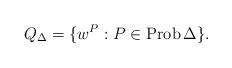
LaTeX: \begin{align*}Q_{\Delta}=\{w^P: P\in \operatorname{Prob}{\Delta}\}.\end{align*}